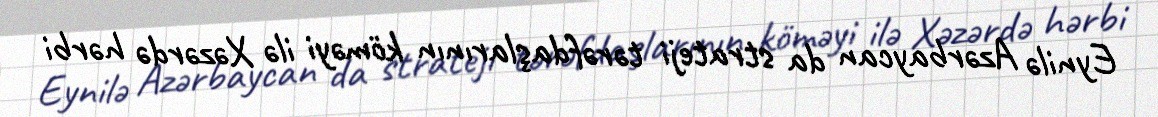
Eynilə Azərbaycan da strateji tərəfdaşlarının köməyi ilə Xəzərdə hərbi